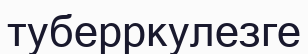
туберркулезге